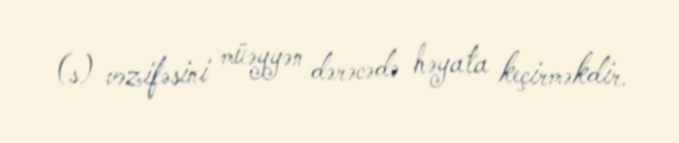
(s) vəzifəsini müəyyən dərəcədə həyata keçirməkdir.